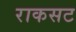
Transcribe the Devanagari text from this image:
राकसट